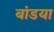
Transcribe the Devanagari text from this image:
बांडया